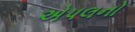
એપલનો